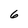
Character: 6